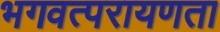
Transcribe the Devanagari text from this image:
भगवत्परायणता